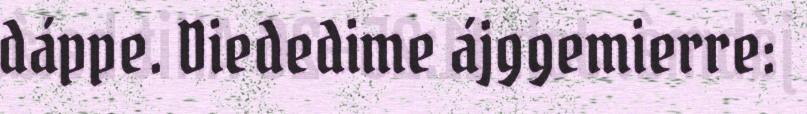
dáppe. Diededime ájggemierre: